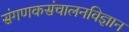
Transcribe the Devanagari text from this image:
संगणकसंचालनविज्ञान